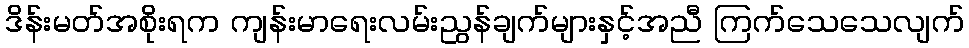
ဒိန်းမတ်အစိုးရက ကျန်းမာရေးလမ်းညွန်ချက်များနှင့်အညီ ကြက်သေသေလျက်